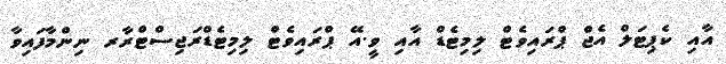
އާއި ކެޕިޓަލް އެޖް ޕްރައިވެޓް ލިމިޓެޑް އާއި ވީ.އޭ ޕްރައިވެޓް ލިމިޓެޑްރަޖިސްޓްރާރ ނިންމާފައިވާ